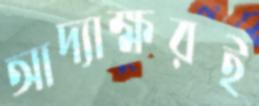
আদ্যাক্ষরই